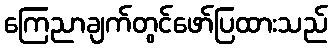
ကြေညာချက်တွင်ဖော်ပြထားသည်